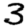
Digit: 3